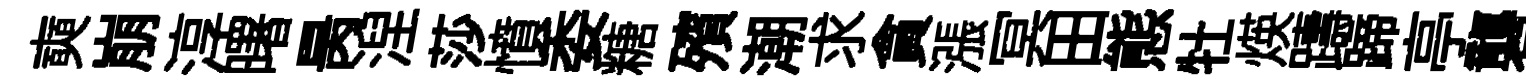
奭崩淳曙昺湼莎憤委糖殯潮求貪漲冥田態牡煐躊蹄亭礱